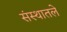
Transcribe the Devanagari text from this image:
संस्थातले